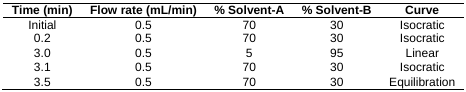
| Time (min) | Flow rate (mL/min) | % Solvent-A | % Solvent-B | Curve |
 | --- | --- | --- | --- | --- |
 | Initial | 0.5 | 70 | 30 | Isocratic |
 | 0.2 | 0.5 | 70 | 30 | Isocratic |
 | 3.0 | 0.5 | 5 | 95 | Linear |
 | 3.1 | 0.5 | 70 | 30 | Isocratic |
 | 3.5 | 0.5 | 70 | 30 | Equilibration |